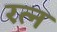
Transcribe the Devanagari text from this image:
रत्‍न